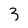
Character: 3